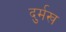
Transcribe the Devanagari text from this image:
दुर्मख